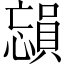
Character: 𪬳